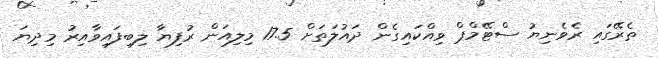
ތެރޭގައި ރެވެނިޔު ސްޓޭމްޕް ވިއްކައިގެން ދައުލަތަށް 17.5 މިލިއަން ރުފިޔާ ލިބިފައިވާއިރު މިދިޔަ